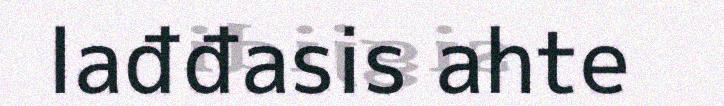
lađđasis ahte